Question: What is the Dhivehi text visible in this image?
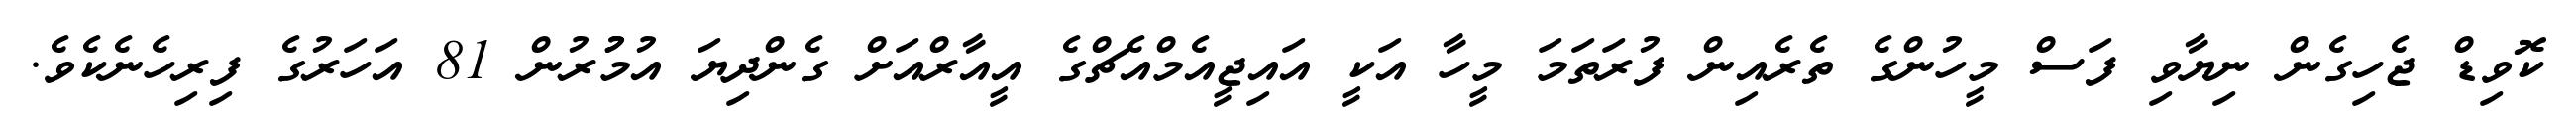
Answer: ކޮވިޑް ޖެހިގެން ނިޔާވި ފަސް މީހުންގެ ތެރެއިން ފުރަތަމަ މީހާ އަކީ އައިޖީއެމްއެޗްގެ އީއާރްއަށް ގެންދިޔަ އުމުުރުން 81 އަހަރުގެ ފިރިހެނެކެވެ.